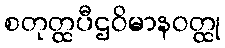
စတုတ္ထပီဌဝိမာနဝတ္ထု